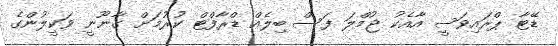
ޑޭޓާ ޕްރައިވަސީ އާއެކު ޖުމްލަ ފަސް ބިލެއް ޑްރާފްޓް ކުރުމަށް ގާނޫނީ ވަކީލުންގެ